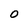
Character: O